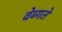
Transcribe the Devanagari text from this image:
वेब्गते